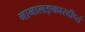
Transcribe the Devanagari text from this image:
नानालङ्कारदीप्तं